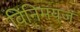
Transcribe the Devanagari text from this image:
विनिमयज